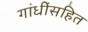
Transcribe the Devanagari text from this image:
गांधींसहित